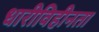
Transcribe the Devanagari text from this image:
धारीविहीनता